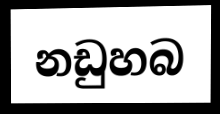
නඩුහබ